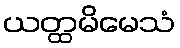
ယတ္ထမိမေသံ